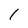
Character: 1